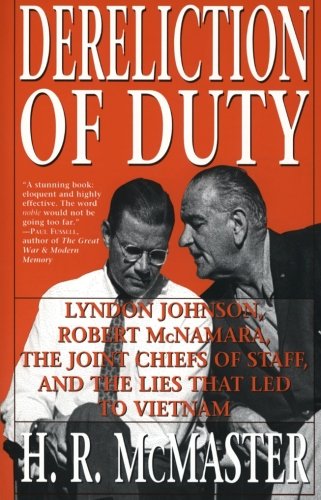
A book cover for Dereliction of Duty: Johnson, McNamara, the Joint Chiefs of Staff, and the Lies That Led to Vietnam; H. R. McMaster; History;